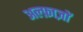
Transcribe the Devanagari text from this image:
अल्फ़ाज़ों